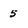
Character: 5